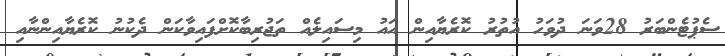
ސެޕުޓެންބަރު 28ވަނަ ދުވަހު އުތުރު ކޮރެޔާއިން އައު މިސައިލެއް ތަޖުރިބާކޮށްފައިވާކަން ދެކުނު ކޮރެޔާއިންނާއި